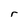
Character: r